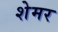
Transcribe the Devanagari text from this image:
शेमर